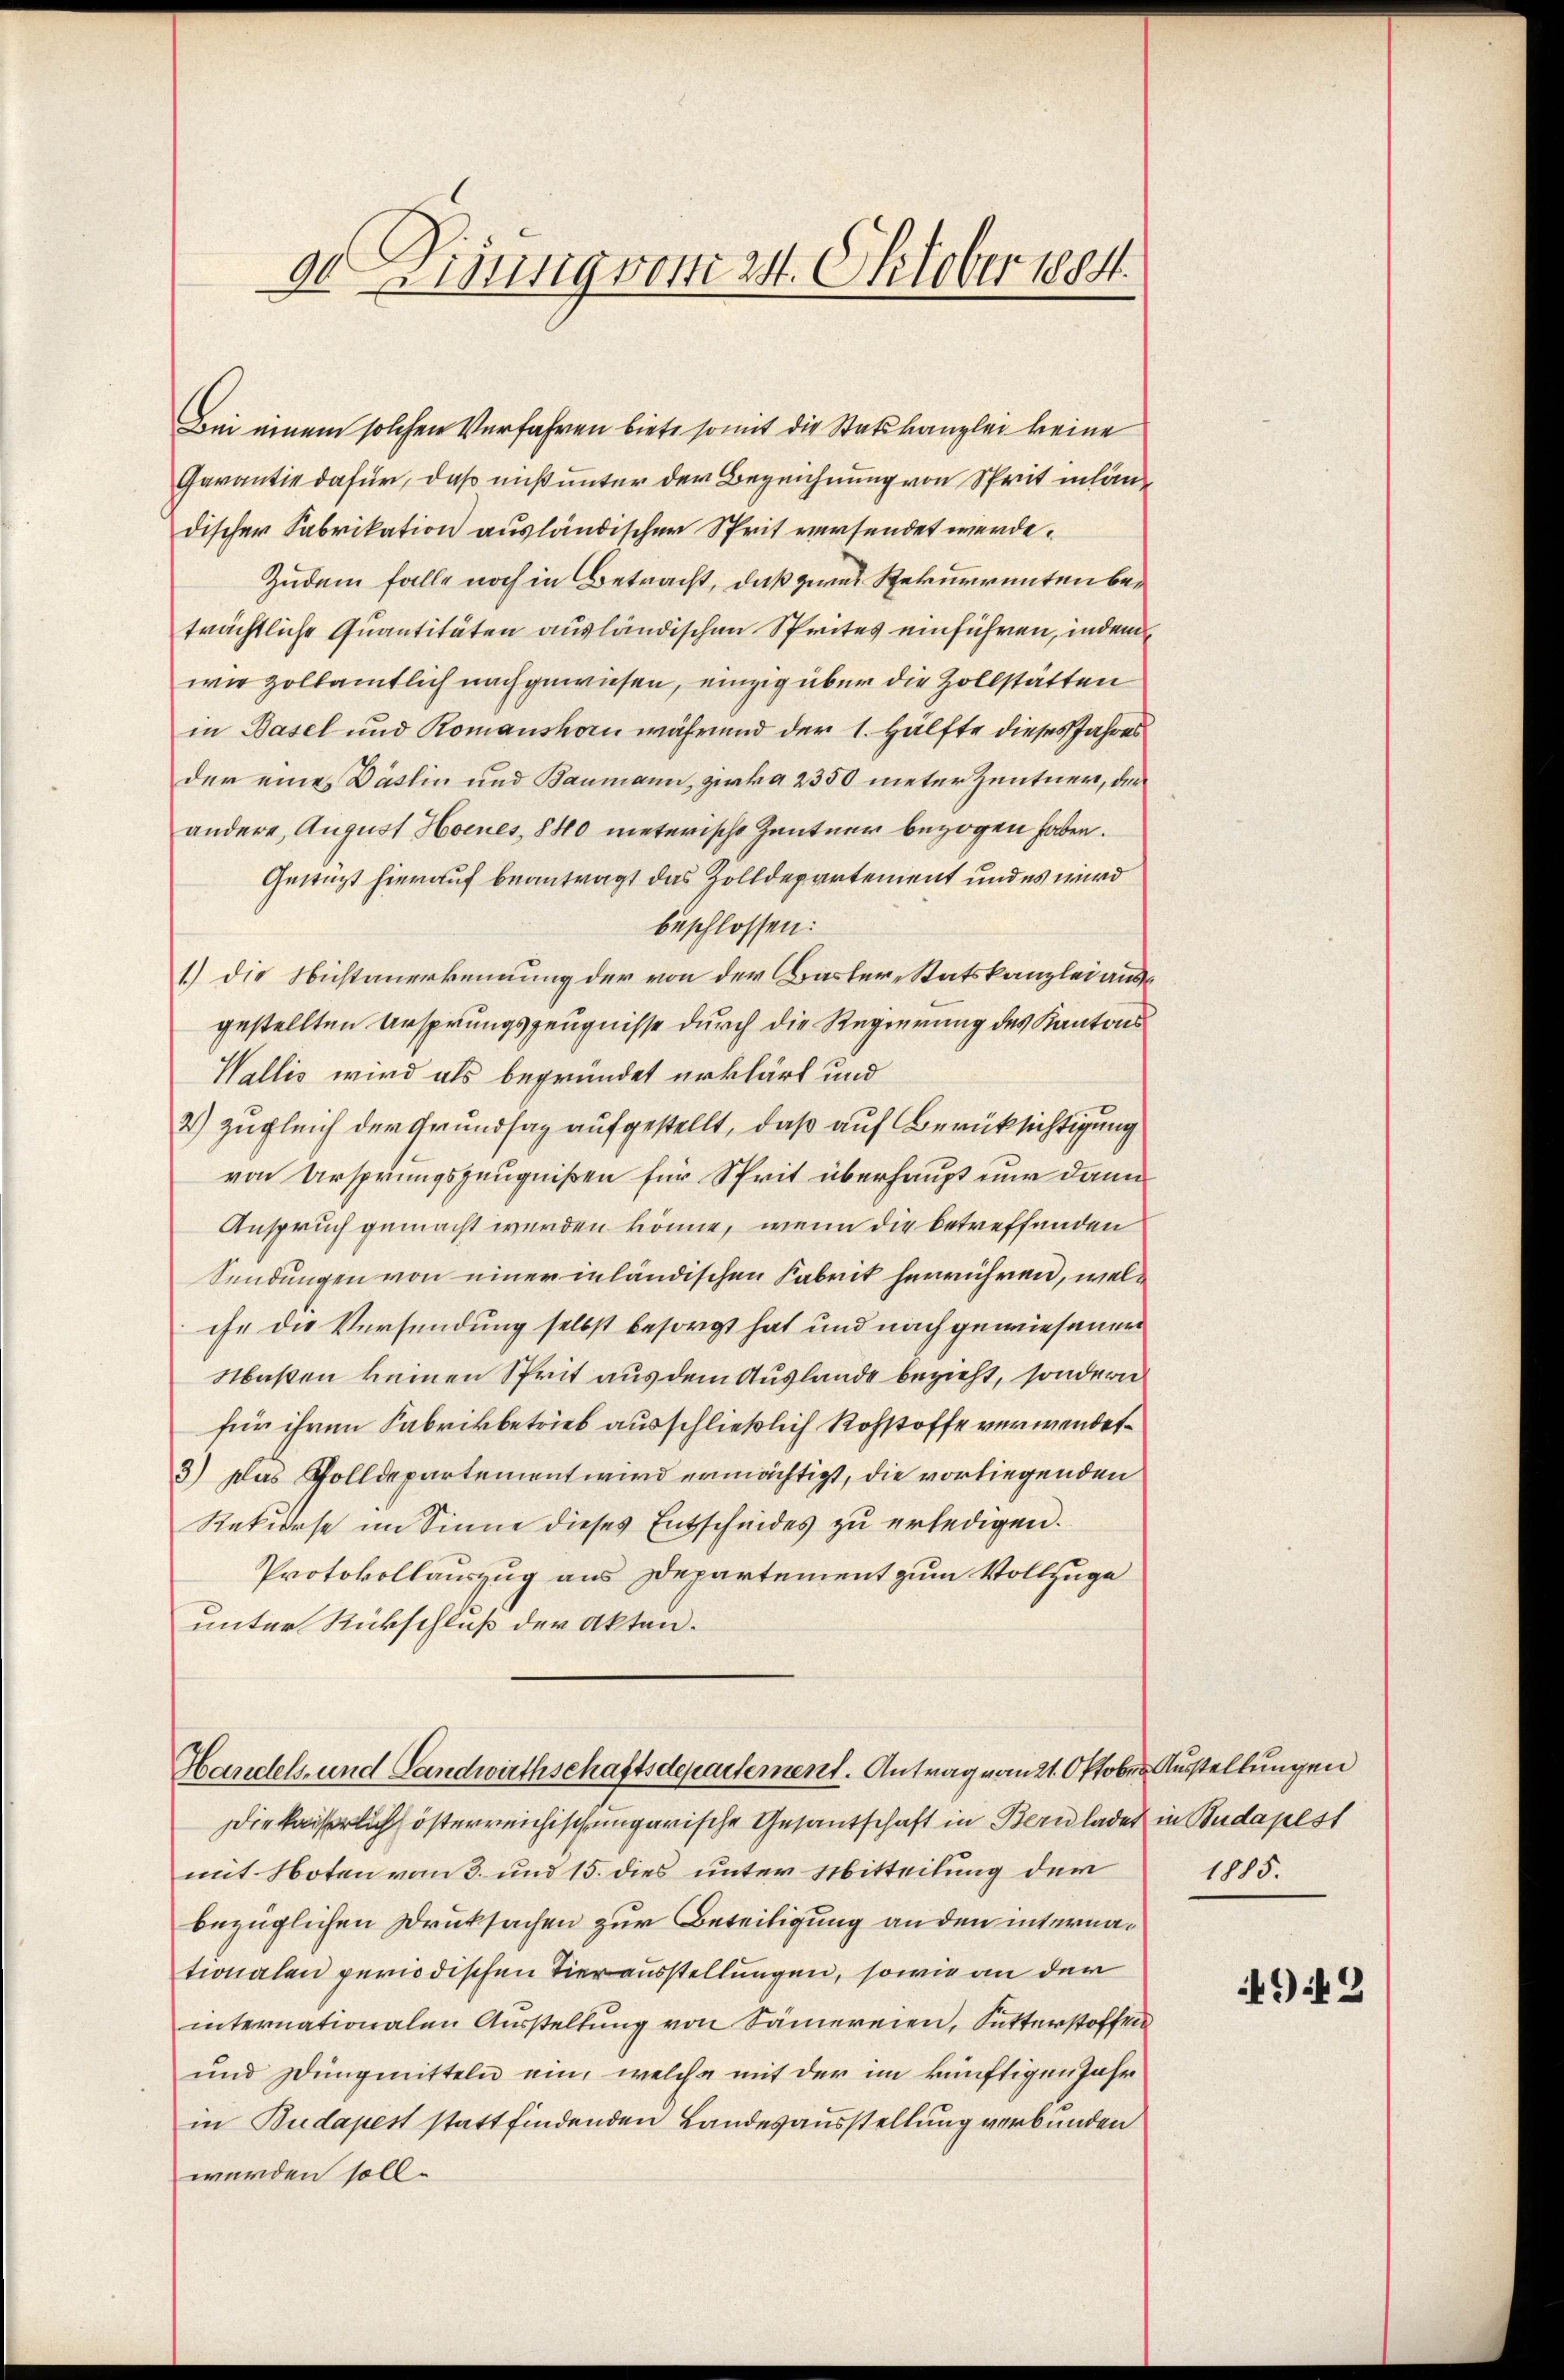
90 Eisung vom 24. Oktober 1884.

Bei einem solchen Verfahren biete somit die Statskanzlei keine
Garantie dafür, daß nicht unter der Bezeichnung von Sprit inhändischer Fabrikation ausländischer Sprit versendet werde.
Zudem falle noch in Betracht, daß zwei Rekurrenten beträchtliche Quantitäten ausländischen Sprites einführen, indem
wie zollamtlich nachgewiesen, einzig über die Zollstätten
in Basel und Romanshorn während der 1. Hälfte dieses Jahres
der eines Däslin und Baumann, zirka 2350 meter Zentner, der
andere, August Hornes, 840 meterische Zentner bezogen haben.
Gestützt hierauf beantragt das Zolldepartement und es wird
beschlossen:
1.) Die Nichtanerkennung der von der Basler-Statskanzlei aus
gestellten Ursprungszeugnisse durch die Regierung des Kantons
Wallis wird als begründet erklärt und
2) zugleich der Grundsag aufgestellt, daß auf Berücksichtigung
von Ursprungszeugnißen für Sprit überhaupt nur dann
Anspruch gemacht werden könne, wenn die betreffenden
Sendungen von einer inländischen Fabrik herrühren, welihe die Versendung selbst besorgt hat und nachgewiesenen
Maßen keinen Sprit aus dem Auslande bezieht, sondern
für ihren Fabrikbetrieb ausschließlich Rohstoffe verwendet.
3) Das Polldepartement wird ermächtigt, die vorliegenden
Rekurse im Sinne dieses Entscheides zu erledigen.
Protokollauszug aus Departement zum Vollzuge
unter Rückschluß der Akten.

Handels- und Landwirthschaftsdepartement. Antrag vom 21. Oktober Ausstellungen

Die kaiserlich österreichisch ungarische Gesantschaft in Bern ladet in Budapest
mit Noten vom 3. und 15. dies unter Mitteilung der
bezüglichen Druksachen zur Beteiligung an den internationalen periodischen Tierausstellungen, sowie an der
internationalen Ausstellung von Sämereien, Sutterstoffen
und Düngmitteln ein, welche mit der im künftigen Jahr
in Budapest stattfindenden Landesausstellung verbunden
werden soll.

1815.

49 f 2